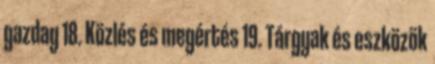
gazdag 18. Közlés és megértés 19. Tárgyak és eszközök